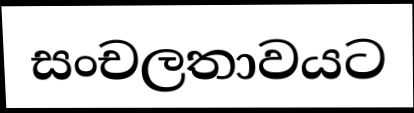
සංචලතාවයට